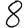
Digit: 8